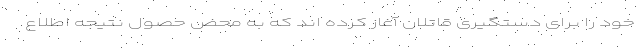
خود را برای دستگیری قاتلان آغاز کرده اند که به محض حصول نتیجه اطلاع